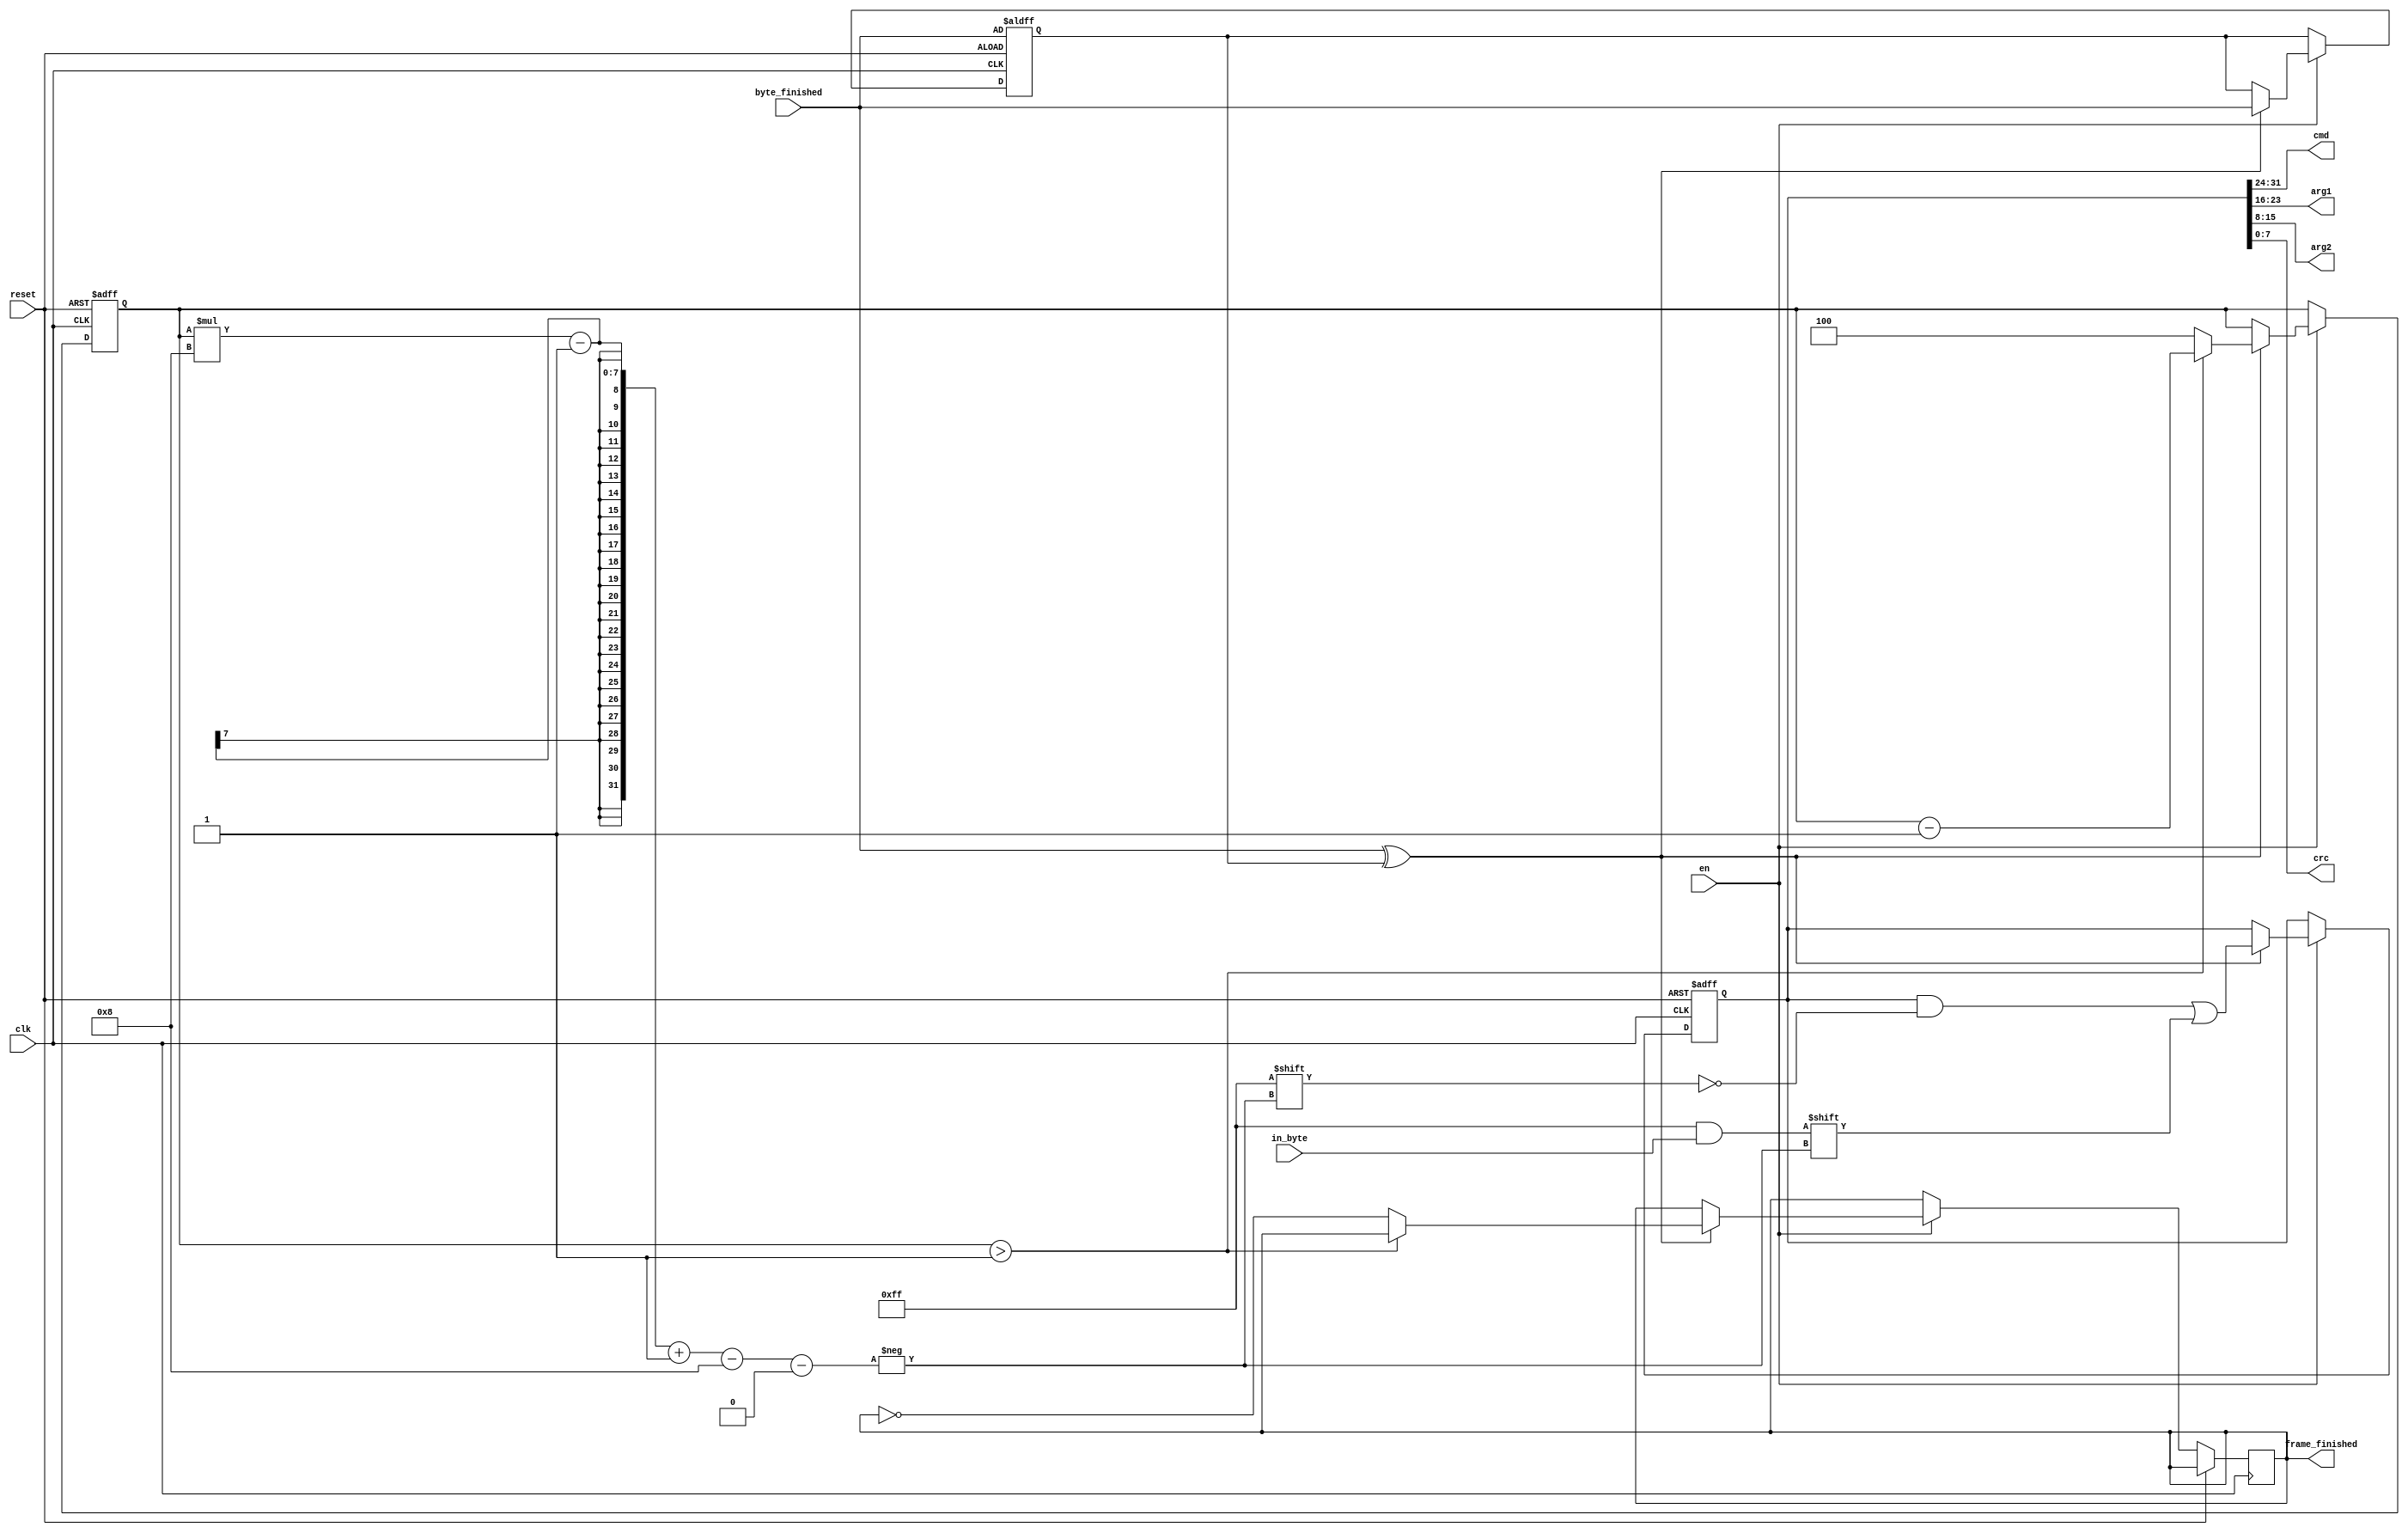
module cmd_manager
(
    input reset,
    input en,
    input clk,
    input [7:0] in_byte,
    input byte_finished,
    output [7:0] cmd,
    output [7:0] arg1,
    output [7:0] arg2,
    output [7:0] crc,
    output reg frame_finished = 1'b0
);
    reg [2:0] byte_cnt = 3'h4;
    reg prev_finished = 1'b0;
    reg [31:0] cmd_frame = 32'h00000000;

    assign cmd = cmd_frame[31:24];
    assign arg1 = cmd_frame[23:16];
    assign arg2 = cmd_frame[15:8];
    assign crc = cmd_frame[7:0];

    always @(posedge clk or posedge reset) begin
        if (reset) begin
            byte_cnt <= 3'h4;
            prev_finished <= byte_finished;
            cmd_frame <= 32'h00000000;
        end else begin
            if (en) begin
                if (byte_finished ^ prev_finished) begin
                    prev_finished <= byte_finished;
                    cmd_frame[(byte_cnt * 8) - 1-:8] <= in_byte;
                    
                    if (byte_cnt > 3'h1) begin
                        byte_cnt <= byte_cnt - 3'h1;
                    end else begin
                        byte_cnt <= 3'h4;
                        frame_finished <= ~frame_finished;
                    end
                end
            end
        end
    end
endmodule